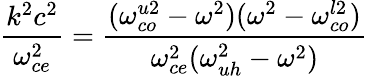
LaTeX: \frac{k^{2}c^{2}}{\omega_{ce}^{2}}=\frac{(\omega_{co}^{u2}-\omega^{2})(\omega^{2}-\omega_{co}^{l2})}{\omega_{ce}^{2}(\omega_{uh}^{2}-\omega^{2})}